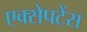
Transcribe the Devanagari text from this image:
एक्सेपटेंस